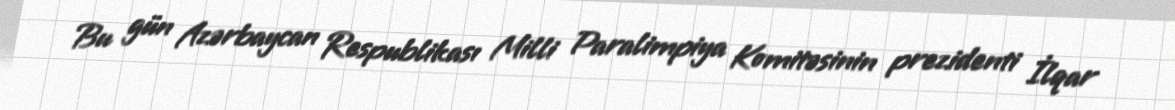
Bu gün Azərbaycan Respublikası Milli Paralimpiya Komitəsinin prezidenti İlqar